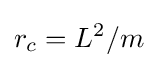
r_{c}=L^{2}/m